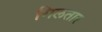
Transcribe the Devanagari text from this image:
गिलतार